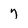
Character: 7